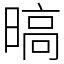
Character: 𣉞